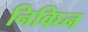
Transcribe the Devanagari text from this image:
निविघ्न